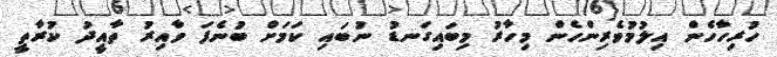
ހުރިހާހެން އިލުމުވެރިންހެން މިހާރު މިބައިގަނޑު ނުބައި ކަމަށް ބުނެފަ ވާއިރު ތާއީދު ކުރާތީ